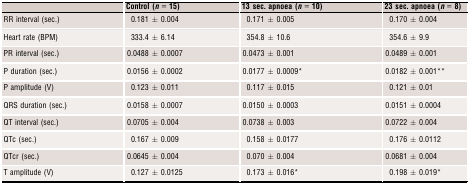
<table><thead><tr><td></td><td><b>Control (<i>n</i> = 15)</b></td><td><b>13 sec. apnoea (<i>n</i> = 10)</b></td><td><b>23 sec. apnoea (<i>n</i> = 8)</b></td></tr></thead><tbody><tr><td>RR interval (sec.)</td><td>0.181 ± 0.004</td><td>0.171 ± 0.005</td><td>0.170 ± 0.004</td></tr><tr><td>Heart rate (BPM)</td><td>333.4 ± 6.14</td><td>354.8 ± 10.6</td><td>354.6 ± 9.9</td></tr><tr><td>PR interval (sec.)</td><td>0.0488 ± 0.0007</td><td>0.0473 ± 0.001</td><td>0.0489 ± 0.001</td></tr><tr><td>P duration (sec.)</td><td>0.0156 ± 0.0002</td><td>0.0177 ± 0.0009*</td><td>0.0182 ± 0.001**</td></tr><tr><td>P amplitude (V)</td><td>0.123 ± 0.011</td><td>0.117 ± 0.015</td><td>0.121 ± 0.01</td></tr><tr><td>QRS duration (sec.)</td><td>0.0158 ± 0.0007</td><td>0.0150 ± 0.0003</td><td>0.0151 ± 0.0004</td></tr><tr><td>QT interval (sec.)</td><td>0.0705 ± 0.004</td><td>0.0738 ± 0.003</td><td>0.0722 ± 0.004</td></tr><tr><td>QTc (sec.)</td><td>0.167 ± 0.009</td><td>0.158 ± 0.0177</td><td>0.176 ± 0.0112</td></tr><tr><td>QTcr (sec.)</td><td>0.0645 ± 0.004</td><td>0.070 ± 0.004</td><td>0.0681 ± 0.004</td></tr><tr><td>T amplitude (V)</td><td>0.127 ± 0.0125</td><td>0.173 ± 0.016*</td><td>0.198 ± 0.019*</td></tr></tbody></table>